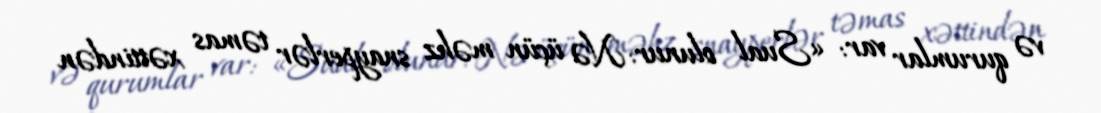
və qurumlar var: «Sual olunur: Nə üçün məhz snayperlər təmas xəttindən